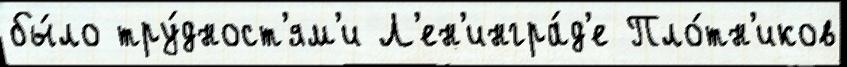
бы́ло тру́дност'ям'и Л'ен'ингра́д'е Пло́тн'иков